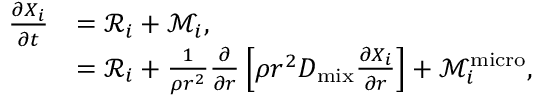
\begin{array} { r l } { \frac { \partial X _ { i } } { \partial t } } & { = \mathcal { R } _ { i } + \mathcal { M } _ { i } , } \\ & { = \mathcal { R } _ { i } + \frac { 1 } { \rho r ^ { 2 } } \frac { \partial } { \partial r } \left[ \rho r ^ { 2 } D _ { \mathrm { m i x } } \frac { \partial X _ { i } } { \partial r } \right] + \mathcal { M } _ { i } ^ { \mathrm { m i c r o } } , } \end{array}